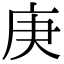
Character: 庚